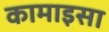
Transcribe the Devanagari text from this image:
कामाइसा